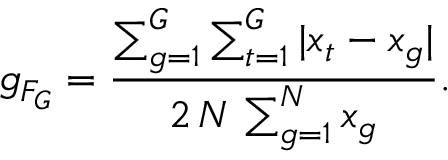
g _ { F _ { G } } = \frac { \sum _ { g = 1 } ^ { G } \sum _ { t = 1 } ^ { G } | x _ { t } - x _ { g } | } { 2 \, N \, \sum _ { g = 1 } ^ { N } x _ { g } } .